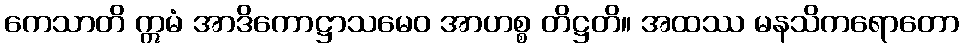
ကေသာတိ ဣမံ အာဒိကောဋ္ဌာသမေဝ အာဟစ္စ တိဋ္ဌတိ။ အထဿ မနသိကရောတော